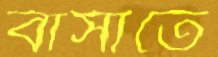
বার্সাতে